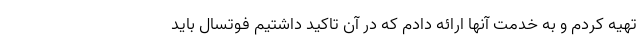
تهیه کردم و به خدمت آنها ارائه دادم که در آن تاکید داشتیم فوتسال باید